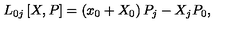
L _ { 0 j } \left[ X , P \right] = \left( x _ { 0 } + X _ { 0 } \right) P _ { j } - X _ { j } P _ { 0 } ,